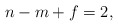
\begin{align*}n - m + f = 2,\end{align*}